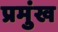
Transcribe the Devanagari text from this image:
प्रमुंख